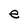
Character: e